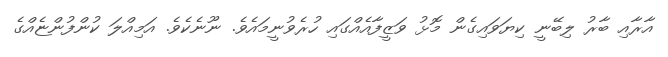
އާރާއި ބާރު ލިބޭނީ ކިޔަވައިގެން މޮޅު ވަޒީފާއެއްގައި ހުރެވުނީމައެވެ. ނޫނެކެވެ. އަމިއްލަ ކުންފުންޏެއްގެ